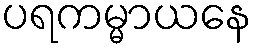
ပရကမ္မာယနေ